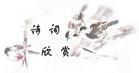
芳草平沙，斜阳远树，无情桃叶江头渡。